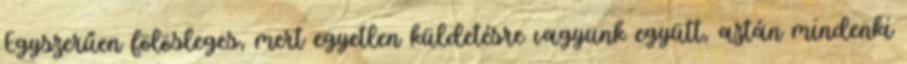
Egyszerűen fölösleges, mert egyetlen küldetésre vagyunk együtt, aztán mindenki